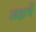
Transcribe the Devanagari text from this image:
नक्षत्रें